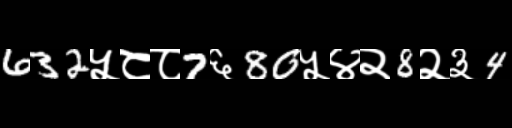
Text: 632५८८7६80५४२8२३4